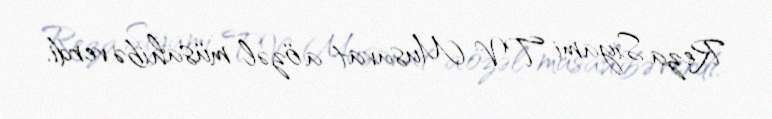
Reza Siyami TV Musavat-a özəl müsahibə verdi.